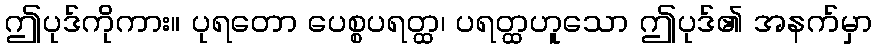
ဤပုဒ်ကိုကား။ ပုရတော ပေစ္စပရတ္ထ၊ ပရတ္ထဟူသော ဤပုဒ်၏ အနက်မှာ